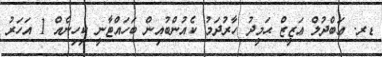
ޑރ. ޢަބްދުލް ޢަޒީޒް ޙަމީދު ހާރުދަމު ކެއުންބުއިން ބަހައްޓާނީ ކިހިނެއް 1 އަހަރު